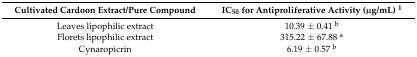
| Cultivated Cardoon Extract/Pure Compound | IC50 for Antiproliferative Activity (μg/mL) 1 |
 | --- | --- |
 | Leaves lipophilic extract | 10.39 ± 0.41 b |
 | Florets lipophilic extract | 315.22 ± 67.88 a |
 | Cynaropicrin | 6.19 ± 0.57 b |